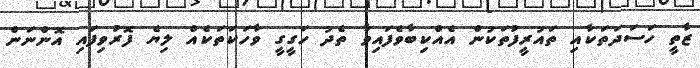
ޒާތީ ހަސަދަތަކާއި ތައުރީފުތަކުން އެއްކިބާވެފައިވާ ތެދު ހަގީގީ ވާހަކަތަކެއް ލިޔެ ފޮރުވިފައި އޮންނަން